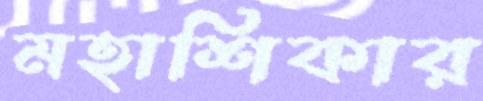
মহাশিকার